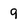
Character: 9